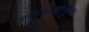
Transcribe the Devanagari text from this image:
नारदप्रेरणोन्मुखः।